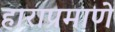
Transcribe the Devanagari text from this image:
हाराप्रमाणे